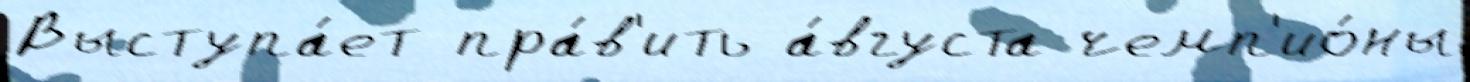
Выступа́ет пра́в'ить а́вгуста чемп'ио́ны